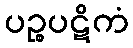
ပဉ္စပဋိကံ